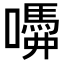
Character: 𡂣